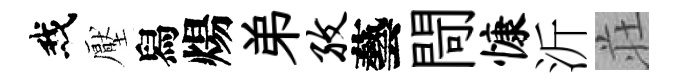
我壓舄煬弟孜藝閜慷沂荘